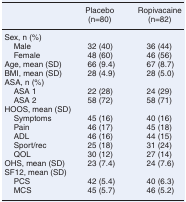
<table><thead><tr><td></td><td><b>Placebo (n = 80)</b></td><td><b>Ropivacaine (n = 82)</b></td></tr></thead><tbody><tr><td>Sex, n (%)</td><td></td><td></td></tr><tr><td> Male</td><td>32 (40)</td><td>36 (44)</td></tr><tr><td> Female</td><td>48 (60)</td><td>46 (56)</td></tr><tr><td>Age, mean (SD)</td><td>66 (9.4)</td><td>67 (8.7)</td></tr><tr><td>BMI, mean (SD)</td><td>28 (4.9)</td><td>28 (5.0)</td></tr><tr><td>ASA, n (%)</td><td></td><td></td></tr><tr><td> ASA 1</td><td>22 (28)</td><td>24 (29)</td></tr><tr><td> ASA 2</td><td>58 (72)</td><td>58 (71)</td></tr><tr><td>HOOS, mean (SD)</td><td></td><td></td></tr><tr><td> Symptoms</td><td>45 (16)</td><td>40 (16)</td></tr><tr><td> Pain</td><td>46 (17)</td><td>45 (18)</td></tr><tr><td> ADL</td><td>46 (16)</td><td>44 (15)</td></tr><tr><td> Sport/rec</td><td>25 (18)</td><td>31 (24)</td></tr><tr><td> QOL</td><td>30 (12)</td><td>27 (14)</td></tr><tr><td>OHS, mean (SD)</td><td>23 (7.4)</td><td>24 (7.6)</td></tr><tr><td>SF12, mean (SD)</td><td></td><td></td></tr><tr><td> PCS</td><td>42 (5.4)</td><td>40 (6.3)</td></tr><tr><td> MCS</td><td>45 (5.7)</td><td>46 (5.2)</td></tr></tbody></table>